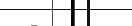
-